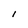
Character: I